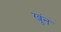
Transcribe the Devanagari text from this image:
खूंन